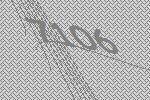
7106